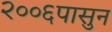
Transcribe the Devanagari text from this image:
२००६पासुन